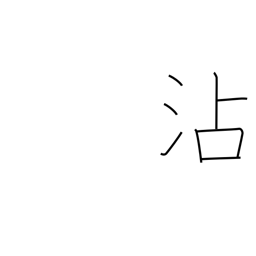
Meaning: soak